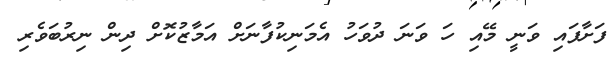
ފަށާފައި ވަނީ މޭއި ހަ ވަނަ ދުވަހު އެމަނިކުފާނަށް އަމާޒުކޮށް ދިން ނިރުބަވެރި